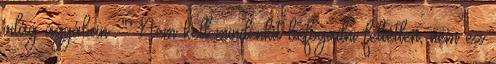
világ agyában: "Nem kell mindenkit befogadni feltétlen, nem ez